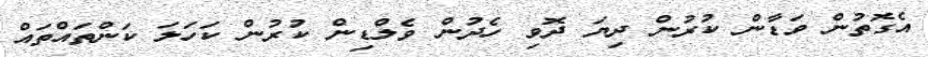
އެގޮތުން ވަޑާން ކުރުން ދިޔަ ދޮވި ހެދުން ވެލްޑިން ކުރުން ކަހަލަ ކަންތައްތައް